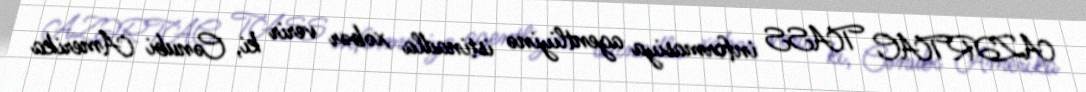
AZƏRTAC TASS informasiya agentliyinə istinadla xəbər verir ki, Cənubi Amerika